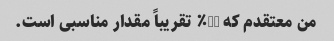
من معتقدم که 10٪ تقریباً مقدار مناسبی است.